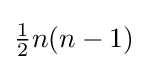
{\textstyle {\frac {1}{2}}n(n-1)}